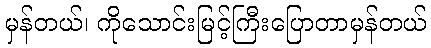
မှန်တယ်၊ ကိုသောင်းမြင့်ကြီးပြောတာမှန်တယ်